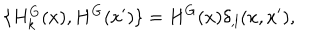
{ } \{ H _ { k } ^ { G } ( x ) , H ^ { G } ( x ^ { \prime } ) \} = H ^ { G } ( x ) { \delta } _ { , l } ( x , x ^ { \prime } ) ,